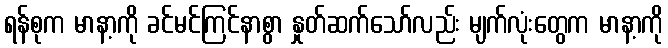
ရန်စုက မာနာ့ကို ခင်မင်ကြင်နာစွာ နှုတ်ဆက်သော်လည်း မျက်လုံးတွေက မာနာ့ကို